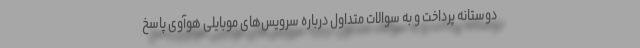
دوستانه پرداخت و به سوالات متداول درباره سرویس‌های موبایلی هوآوی پاسخ